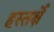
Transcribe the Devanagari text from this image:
हस्तर्क्षे